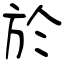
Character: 於